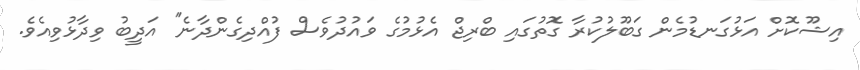
އިޝޫކޮށް އަޅުގަނޑުމެން ގަބޫލުކުރާ ގޮތުގައި ބްރިޖް އެޅުމުގެ ވައުދުވެސް ފުއްދިގެންދާނެ'' އަދީބު ވިދާޅުވިއެވެ.